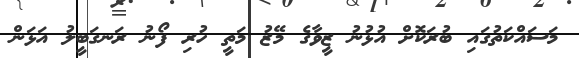
މަސައްކަތުގައި ބުރަކޮށް އުޅުނު ޒީވާގެ މޭޒު މަތީ ހުރި ފޯނު ރަނގަބީލު އަޅަން